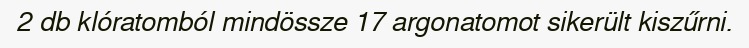
2 db klóratomból mindössze 17 argonatomot sikerült kiszűrni.